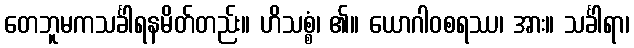
တေဘူမကသင်္ခါရနမိတ်တည်း။ ဟိသစ္စံ၊ ၏။ ယောဂါဝစရဿ၊ အား။ သင်္ခါရာ၊